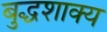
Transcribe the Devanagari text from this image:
बुद्धशाक्य